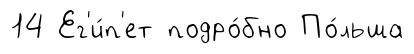
14 Ег'и́п'ет подро́бно По́льша